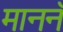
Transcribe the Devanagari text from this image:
माननॅ